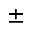
\pm